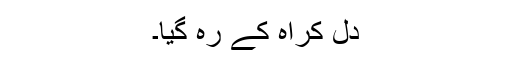
دل کراہ کے رہ گیا۔